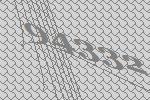
94332